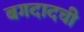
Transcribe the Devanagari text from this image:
बगदादची